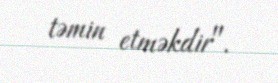
təmin etməkdir".